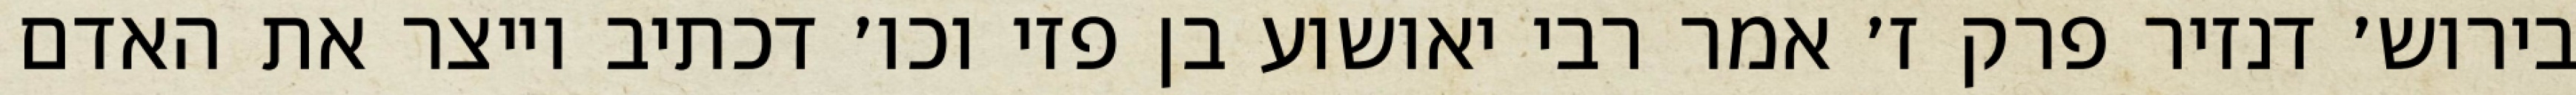
בירוש׳ דנזיר פרק ז׳ אמר רבי יאושוע בן פזי וכו׳ דכתיב וייצר את האדם